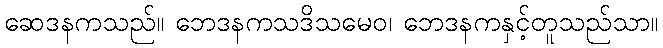
ဆေဒနကသည်။ ဘေဒနကသဒိသမေဝ၊ ဘေဒနကနှင့်တူသည်သာ။